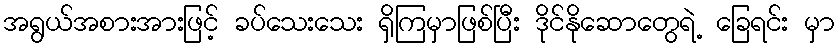
အရွယ်အစားအားဖြင့် ခပ်သေးသေး ရှိကြမှာဖြစ်ပြီး ဒိုင်နိုဆောတွေရဲ့ ခြေရင်း မှာ